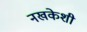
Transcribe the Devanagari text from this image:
नखकेशी